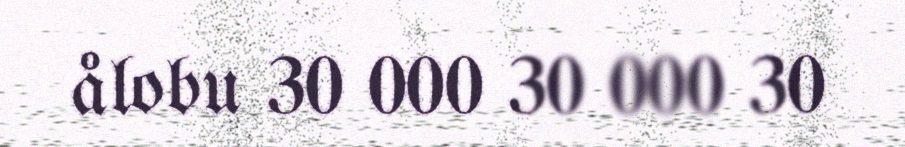
ålobu 30 000 30 000 30